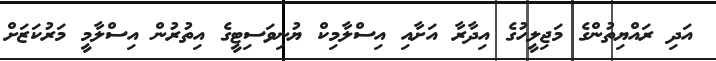
އަދި ރައްޔިތުންގެ މަޖިލީހުގެ އިދާރާ އަށާއި އިސްލާމިކް ޔުނިވަސިޓީގެ އިތުރުން އިސްލާމީ މަރުކަޒަށް